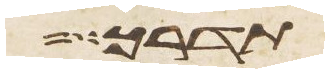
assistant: תדרך